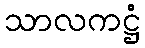
သာလကဋ္ဌံ